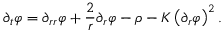
\partial _ { t } \varphi = \partial _ { r r } \varphi + \frac { 2 } { r } \partial _ { r } \varphi - \rho - K \left( \partial _ { r } \varphi \right) ^ { 2 } .